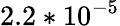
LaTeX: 2.2*10^{-5}